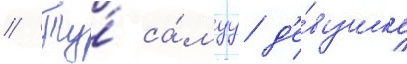
// Ту́ са́муу д'е́вушку